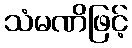
သံမဏိဖြင့်